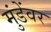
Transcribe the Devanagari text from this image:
मुंडेंवर